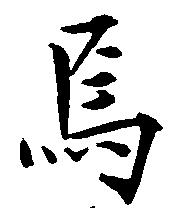
焉